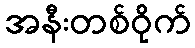
အနီးတစ်ဝိုက်